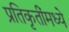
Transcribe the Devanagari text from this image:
प्रतिकृतींमध्ये